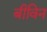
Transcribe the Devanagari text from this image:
बीविन